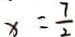
x = \frac { 7 } { 2 1 }